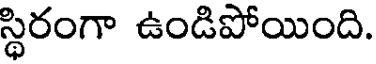
స్థిరంగా ఉండిపోయింది.